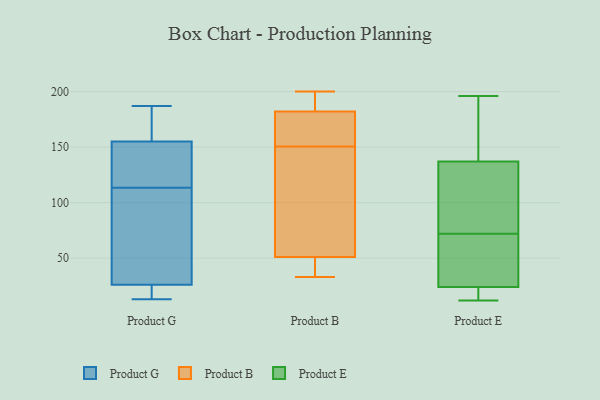
{"axis": {"x": "Revenue (USD Million)", "y": "Value"}, "legend": ["Product B", "Product E", "Product G"], "data": [{"x": "", "y": 161, "type": "Product G"}, {"x": "", "y": 182, "type": "Product G"}, {"x": "", "y": 138, "type": "Product G"}, {"x": "", "y": 59, "type": "Product G"}, {"x": "", "y": 187, "type": "Product G"}, {"x": "", "y": 112, "type": "Product G"}, {"x": "", "y": 102, "type": "Product G"}, {"x": "", "y": 145, "type": "Product G"}, {"x": "", "y": 26, "type": "Product G"}, {"x": "", "y": 19, "type": "Product G"}, {"x": "", "y": 155, "type": "Product G"}, {"x": "", "y": 19, "type": "Product G"}, {"x": "", "y": 140, "type": "Product G"}, {"x": "", "y": 24, "type": "Product G"}, {"x": "", "y": 161, "type": "Product G"}, {"x": "", "y": 65, "type": "Product G"}, {"x": "", "y": 13, "type": "Product G"}, {"x": "", "y": 115, "type": "Product G"}, {"x": "", "y": 141, "type": "Product B"}, {"x": "", "y": 183, "type": "Product B"}, {"x": "", "y": 50, "type": "Product B"}, {"x": "", "y": 182, "type": "Product B"}, {"x": "", "y": 160, "type": "Product B"}, {"x": "", "y": 130, "type": "Product B"}, {"x": "", "y": 106, "type": "Product B"}, {"x": "", "y": 174, "type": "Product B"}, {"x": "", "y": 48, "type": "Product B"}, {"x": "", "y": 188, "type": "Product B"}, {"x": "", "y": 51, "type": "Product B"}, {"x": "", "y": 33, "type": "Product B"}, {"x": "", "y": 184, "type": "Product B"}, {"x": "", "y": 98, "type": "Product B"}, {"x": "", "y": 200, "type": "Product B"}, {"x": "", "y": 176, "type": "Product B"}, {"x": "", "y": 168, "type": "Product B"}, {"x": "", "y": 48, "type": "Product B"}, {"x": "", "y": 53, "type": "Product E"}, {"x": "", "y": 125, "type": "Product E"}, {"x": "", "y": 91, "type": "Product E"}, {"x": "", "y": 13, "type": "Product E"}, {"x": "", "y": 159, "type": "Product E"}, {"x": "", "y": 33, "type": "Product E"}, {"x": "", "y": 137, "type": "Product E"}, {"x": "", "y": 24, "type": "Product E"}, {"x": "", "y": 12, "type": "Product E"}, {"x": "", "y": 196, "type": "Product E"}]}